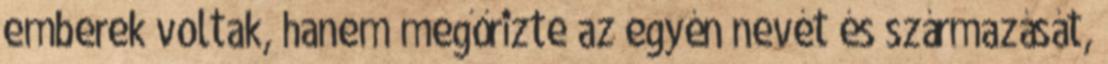
emberek voltak, hanem megőrizte az egyén nevét és származását,